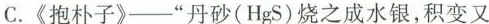
C.《抱朴子》——”丹砂(HgS)烧之成水银，积变又